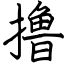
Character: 撸